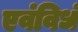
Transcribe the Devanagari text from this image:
एवंविधं